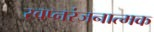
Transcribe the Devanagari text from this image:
स्वप्नरंजनात्मक